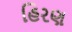
હિરણ